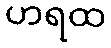
ဟရထ